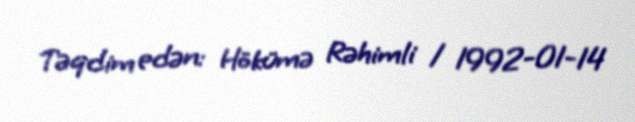
Təqdim edən: Hökümə Rəhimli / 1992-01-14